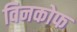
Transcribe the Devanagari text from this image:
विनकोफ